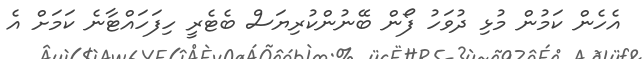
އެހެން ކަމުން މުޅި ދުވަހު ފޯން ބޭނުންކުރިޔަސް ބެޓެރީ ހިފަހައްޓާނެ ކަމަށް އެ